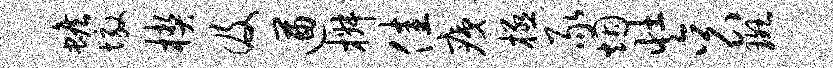
蟾墩楔及遒椒佳痍极豕烟壮衮斑